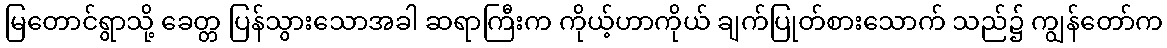
မြတောင်ရွာသို့ ခေတ္တ ပြန်သွားသောအခါ ဆရာကြီးက ကိုယ့်ဟာကိုယ် ချက်ပြုတ်စားသောက် သည်၌ ကျွန်တော်က